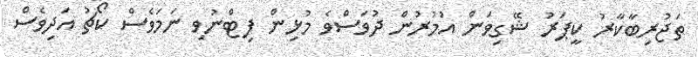
ތަޖުރިބާކާރު ކީޕަރު ޝޭގިވަން އުމުރުން ދުވަސްވެ މުޅިން ފިޓްނުވި ނަމަވެސް ކޯޗު އަދިވެސް